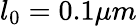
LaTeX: l_{0}=0.1\mu m